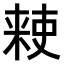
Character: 𫣙